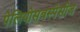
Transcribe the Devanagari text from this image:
पेलियोसबस्पेसीज